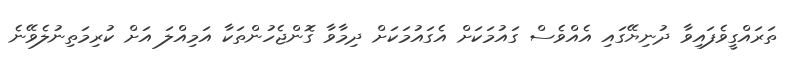
ތަރައްގީވެފައިވާ ދުނިޔޭގައި އެއްވެސް ގައުމަކަށް އެގައުމަކަށް ދިމާވާ ގޮންޖެހުންތަކާ އަމިއްލަ އަށް ކުރިމަތިނުލެވޭނެ